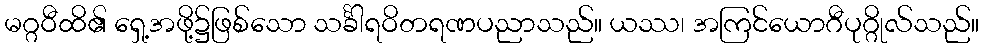
မဂ္ဂဝီထိ၏ ရှေ့အဖို့၌ဖြစ်သော သင်္ခါရဝိတရဏပညာသည်။ ယဿ၊ အကြင်ယောဂီပုဂ္ဂိုလ်သည်။